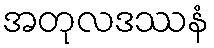
အတုလဒဿနံ